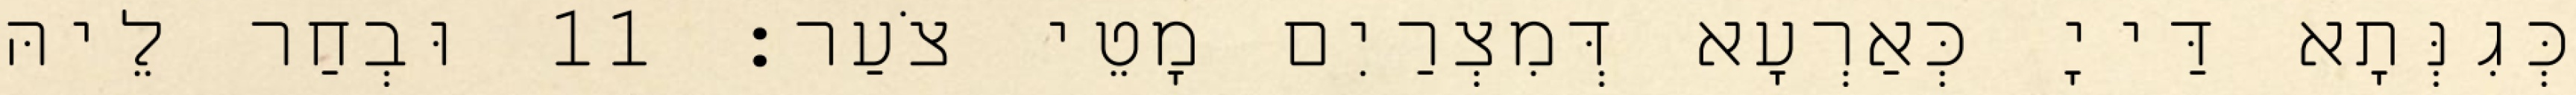
כְּגִנְּתָא דַּייָ כְּאַרְעָא דְּמִצְרַיִם מָטֵי צֹעַר׃ 11 וּבְחַר לֵיהּ